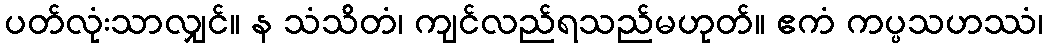
ပတ်လုံးသာလျှင်။ န သံသိတံ၊ ကျင်လည်ရသည်မဟုတ်။ ဧကံ ကပ္ပသဟဿံ၊